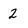
Character: 2